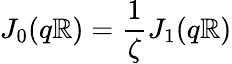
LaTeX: J_{0}(q\mathbb{R})=\frac{{1}}{{\zeta}}J_{1}(q\mathbb{R})